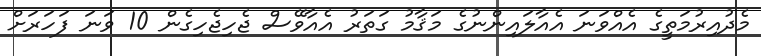
މެދުއިރުމަތީގެ އެއްވަނަ އެއާލައިންނުގެ މަޤާމު ގަތަރު އެއާވޭސް ޖެހިޖެހިގެން 10 ވަނަ ފަހަރަށް